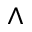
\wedge